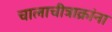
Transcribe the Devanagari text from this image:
चालाचीत्राक्रांना